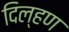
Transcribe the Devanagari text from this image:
दिल्हण